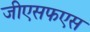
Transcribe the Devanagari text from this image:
जीएसफएस